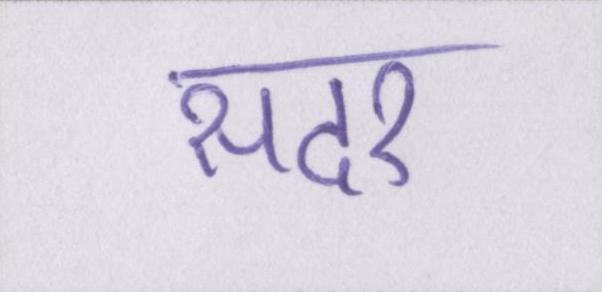
सदर